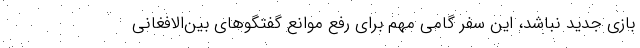
بازی جدید نباشد، این سفر گامی مهم برای رفع موانع گفتگوهای بین‌الافغانی